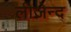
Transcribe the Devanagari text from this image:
लीजेन्द